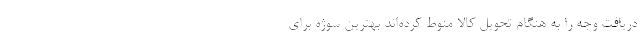
دریافت وجه را به هنگام تحویل کالا منوط کرده‌اند بهترین سوژه برای